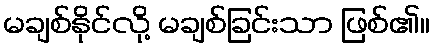
မချစ်နိုင်လို့ မချစ်ခြင်းသာ ဖြစ်၏။